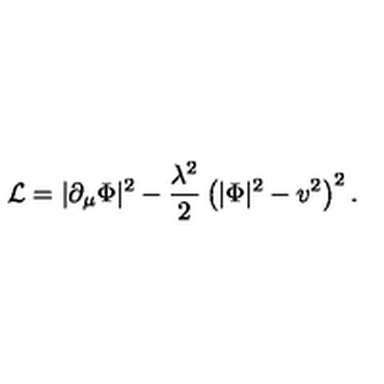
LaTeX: { \cal L } = | \partial _ { \mu } \Phi | ^ { 2 } - { \frac { \lambda ^ { 2 } } { 2 } } \left( | \Phi | ^ { 2 } - v ^ { 2 } \right) ^ { 2 } .